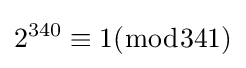
2^{340}\equiv 1({\bmod {341}})